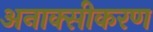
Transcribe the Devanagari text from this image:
अनाक्सीकरण